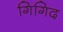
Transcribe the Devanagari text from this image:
गिगिद